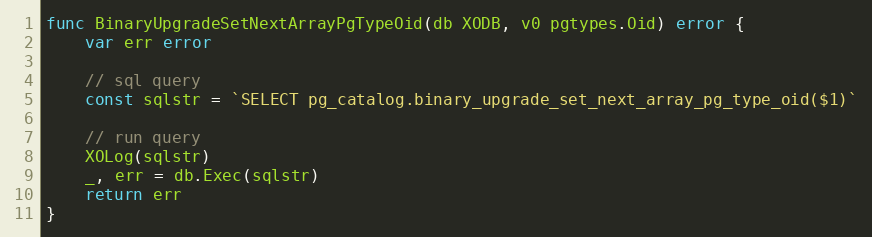
Language: Go
func BinaryUpgradeSetNextArrayPgTypeOid(db XODB, v0 pgtypes.Oid) error {
	var err error

	// sql query
	const sqlstr = `SELECT pg_catalog.binary_upgrade_set_next_array_pg_type_oid($1)`

	// run query
	XOLog(sqlstr)
	_, err = db.Exec(sqlstr)
	return err
}